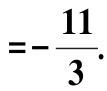
$=-\frac{11}{3}.$